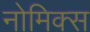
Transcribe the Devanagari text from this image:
नोमिक्स